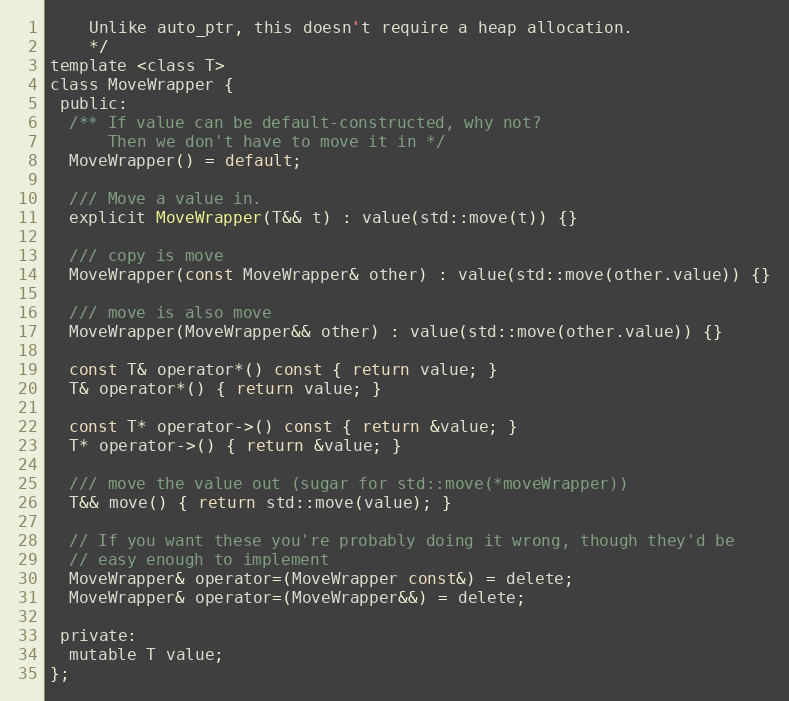
Language: C
    Unlike auto_ptr, this doesn't require a heap allocation.
    */
template <class T>
class MoveWrapper {
 public:
  /** If value can be default-constructed, why not?
      Then we don't have to move it in */
  MoveWrapper() = default;

  /// Move a value in.
  explicit MoveWrapper(T&& t) : value(std::move(t)) {}

  /// copy is move
  MoveWrapper(const MoveWrapper& other) : value(std::move(other.value)) {}

  /// move is also move
  MoveWrapper(MoveWrapper&& other) : value(std::move(other.value)) {}

  const T& operator*() const { return value; }
  T& operator*() { return value; }

  const T* operator->() const { return &value; }
  T* operator->() { return &value; }

  /// move the value out (sugar for std::move(*moveWrapper))
  T&& move() { return std::move(value); }

  // If you want these you're probably doing it wrong, though they'd be
  // easy enough to implement
  MoveWrapper& operator=(MoveWrapper const&) = delete;
  MoveWrapper& operator=(MoveWrapper&&) = delete;

 private:
  mutable T value;
};